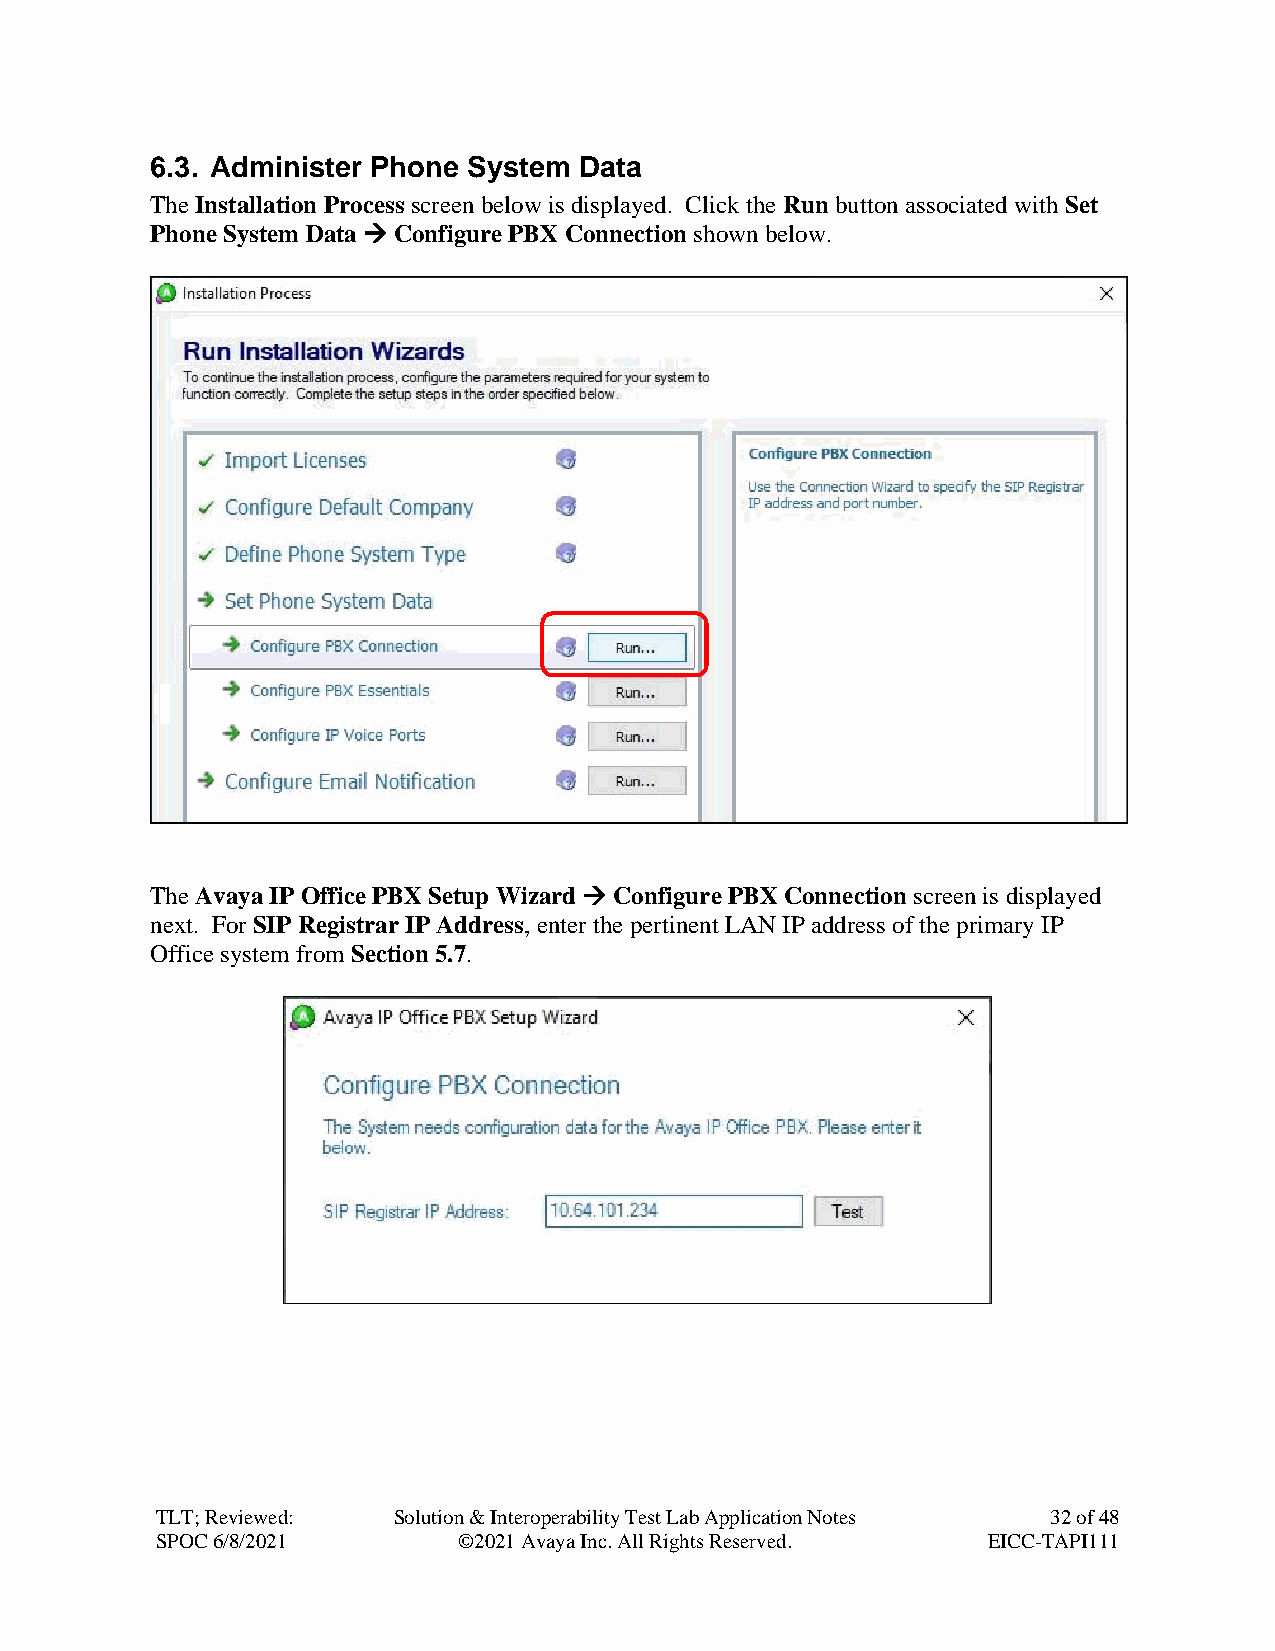
6.3. Administer Phone System Data
 The Installation Process screen below is displayed. Click the Run button associated with Set
 Phone System Data → Configure PBX Connection shown below.
 The Avaya IP Office PBX Setup Wizard → Configure PBX Connection screen is displayed
 next. For SIP Registrar IP Address, enter the pertinent LAN IP address of the primary IP
 Office system from Section 5.7.
 TLT; Reviewed:  Solution & Interoperability Test Lab Application Notes 32 of 48
 SPOC 6/8/2021       ©2021 Avaya Inc. All Rights Reserved. EICC-TAPI111